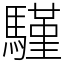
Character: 騹